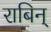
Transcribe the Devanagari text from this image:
राबिन्‌